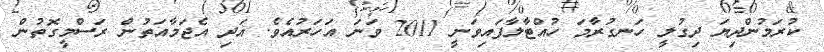
ކުރަމުންދިޔަ ދިގުލީ ހަނގުރާމަ ހުއްޓާލާފައިވަނީ 2011 ވަނަ އަހަރުއެވެ. އަދި އެޖަމާއަތުން ރަސްމީގޮތުން